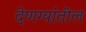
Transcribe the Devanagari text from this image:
देणग्यांतील